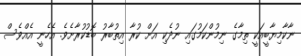
ނާކާމިޔާބީއަކީ ތިމާގެ ނިމުންކަމުގައި ނުދެކި އަށް ކުރާ އިތުބާރު ބޮޑުކުރާށެވެ. އެހެނީ އެއްވެސް